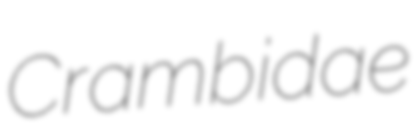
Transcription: Crambidae